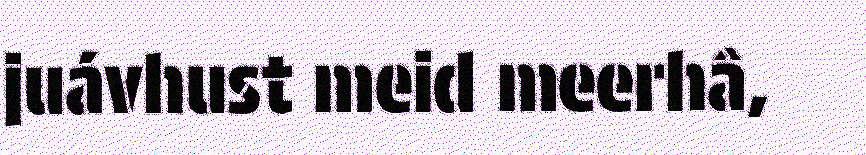
juávhust meid meerhâ,